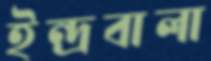
ইন্দ্রবালা